Vaccination report Assam 1896-1927 - 1896-1927
Year: 1896
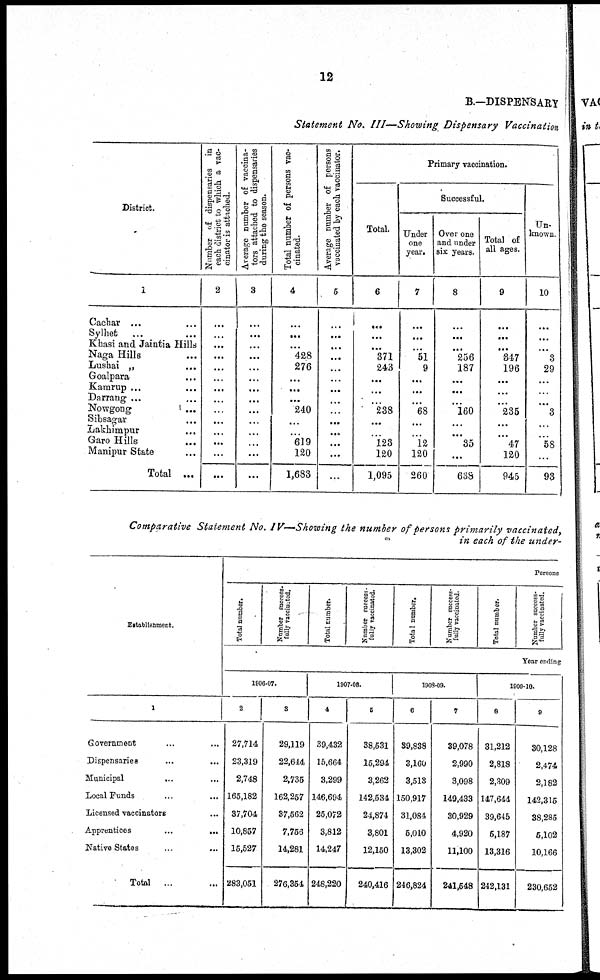
12
B.-DISPENSARY
Statement No. III—Showing Dispensary Vaccination
District.
1
Cachar...
...
Sylhet... ...
Khasi and Jaintia Hills
Naga Hills...
Lushai „ ...
Goalpara...
Kamrup...
...
Darrang...
...
Nowgong...
...
Sibsagar...
Lakhimpur...
Garo Hills...
Manipur State...
Total ...
Number of dispensaries in
each district to which a vac-
cinators attached.
2
...
...
...
...
...
...
...
...
...
...
...
...
...
...
Average number of vaccina-
tors attached to dispensaries
during the season.
3
...
...
...
...
...
...
...
...
...
...
...
...
...
...
Total number of persons vac-
cinated.
4
...
...
...
428
276
...
...
...
240
...
...
619
120
1,683
Average number of persons
vaccinated by each vaccinator.
5
...
...
...
...
...
...
...
...
...
...
...
...
...
...
Primary vaccination.
Total
6
...
...
...
371
243
...
...
...
238
...
...
123
120
1,095
Successful.
Under
one
year.
7
...
...
...
51
9
...
...
...
68
...
...
12
120
260
Over one
and under
six years.
8
...
...
...
256
187
...
...
...
160
...
...
35
...
638
Total of
all ages.
9
...
...
...
647
196
...
...
...
235
...
...
47
120
945
Un-
known.
10
...
...
...
3
29
...
...
...
3
...
...
58
...
93
Comparative Statement No. IV—Showing the number of persons primarily vaccinated,
in each of the under-
Establishment.
1
Government... ...
Dispensaries... ...
Municipal...
...
Local
Funds...
...
Licensed vaccinators... ...
Apprentices...
...
Native States... ...
Total ...
Persons
Total number.
Number success-
fully vaccinated.
Total Number.
Number success-
fully vaccinated.
Total number.
Number success
fully vaccinated
Total numb
Numbe
fully va
Year ending
1906-07.
2
27,714
23,319
2,748
165,182
37,704
10,857
16,527
283,051
3
29,119
22,644
2,735
162,257
37,562
7,756
14,281
276,354
1907-08.
4
39,432
15,664
3,299
146,694
25,072
3,812
14,247
248,220
5
38,531
15,294
3,262
142,534
24,874
3,801
12,150
240,416
1908-09.
6
39,838
3,160
3,513
150,917
31,084
5,010
13,302
246,824
7
39,078
2,990
3,098
149,433
30,929
4,920
11,100
241,548
1909-10.
8
31,212
2,818
2,309
147,644
39,646
5,187
13,316
242,131
9
30,128
2,474
2,182
142,315
38,285
5,102
10,166
230,652